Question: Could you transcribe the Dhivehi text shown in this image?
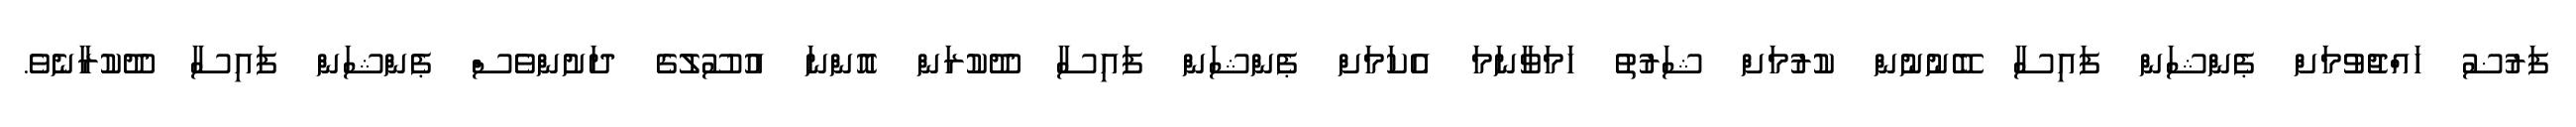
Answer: ފަރުޟު ހައްޖުވުމަށް ޕެންޝަން ފައިސާ ބޭނުނުން ކުރުމަށް ޝަރުތު ހަމަވާނަމަ އެކަމަށް ޕެންޝަން ފައިސާ ދޫކުރަން އޮންނަ އުސޫލުގެ ދަށުންވެސް ޕެންޝަން ފައިސާ ދޫކުރާނެވެ.